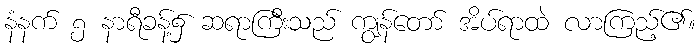
နံနက် ၅ နာရီခန့်၌ ဆရာကြီးသည် ကျွန်တော် အိပ်ရာထဲ လာကြည့်၏။